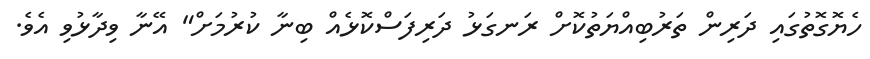
ހެޔޮގޮތުގައި ދަރިން ތަރުބިއްޔަތުކޮށް ރަނގަޅު ދަރިފަސްކޮޅެއް ބިނާ ކުރުމަށް" އޭނާ ވިދާޅުވި އެވެ.